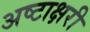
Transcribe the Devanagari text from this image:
अष्टाक्षरी